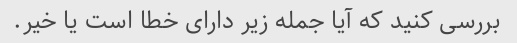
بررسی کنید که آیا جمله زیر دارای خطا است یا خیر.